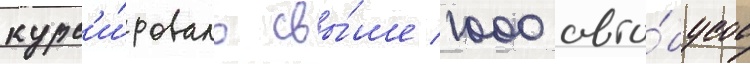
курс'и́ровало свы́ше 1000 авто́бусов